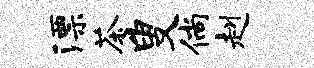
漂茶叟倘赳